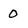
Character: 0